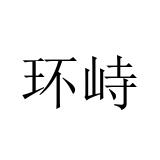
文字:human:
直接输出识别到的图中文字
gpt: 环峙